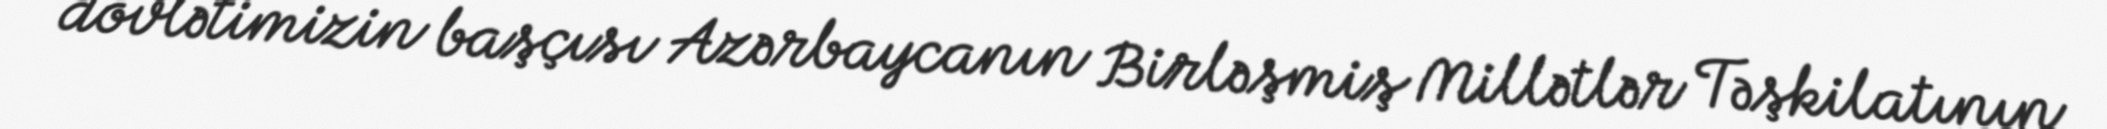
dövlətimizin başçısı Azərbaycanın Birləşmiş Millətlər Təşkilatının